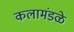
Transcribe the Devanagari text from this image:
कलामंडळे